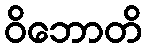
ဝိဘောတိ